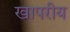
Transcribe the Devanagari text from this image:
खापरीय